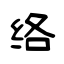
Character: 络